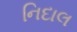
નિદાલ